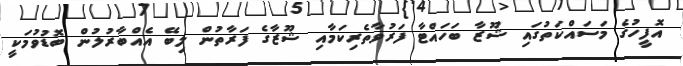
އޮފީހުގެ މަސައްކަތުގައި ޝޫޒާ ބަހައްޓާ ފަރުވާތެރިކަމާއި ޝޫޒާގެ ފަރާތުން ލިބޭ އެއްބާރުލުން ބޮޑުވުމަކީ